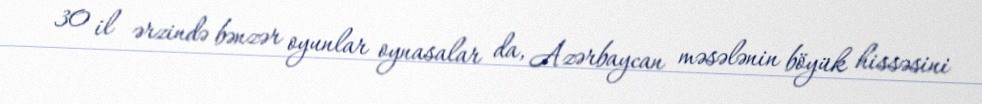
30 il ərzində bənzər oyunlar oynasalar da, Azərbaycan məsələnin böyük hissəsini